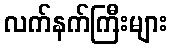
လက်နက်ကြီးများ